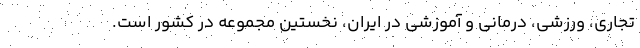
تجاری، ورزشی، درمانی و آموزشی در ایران، نخستین مجموعه در کشور است.